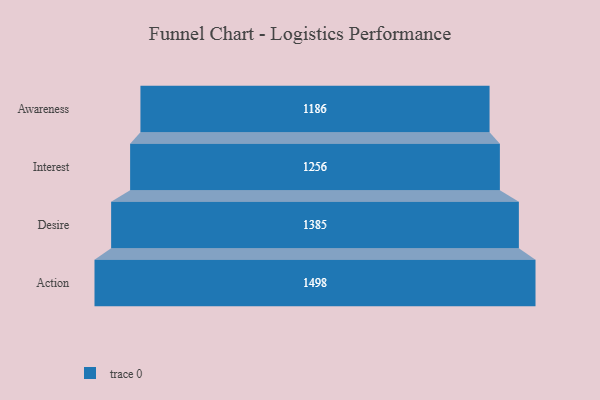
{"axis": {"x": "Stage", "y": "Value"}, "legend": [""], "data": [{"x": "Awareness", "y": 1186.0, "type": ""}, {"x": "Interest", "y": 1256.0, "type": ""}, {"x": "Desire", "y": 1385.0, "type": ""}, {"x": "Action", "y": 1498.0, "type": ""}]}